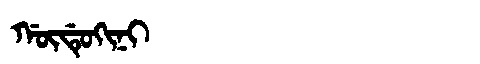
Manchu: ᡤᡡᡩᡠᡴᡳᠨᡳ
Romanization: GŪDUKINI